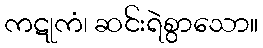
ကဋုကံ၊ ဆင်းရဲစွာသော။